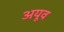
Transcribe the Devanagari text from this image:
अयूव